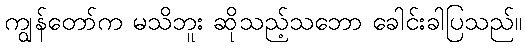
ကျွန်တော်က မသိဘူး ဆိုသည့်သဘော ခေါင်းခါပြသည်။